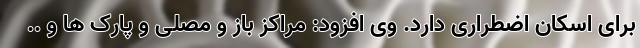
برای اسکان اضطراری دارد. وی افزود: مراکز باز و مصلی و پارک ها و ..